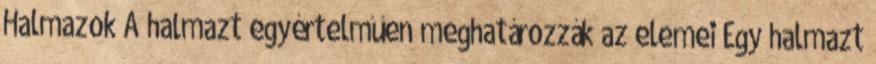
Halmazok A halmazt egyértelműen meghatározzák az elemei Egy halmazt